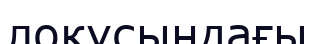
локусындағы